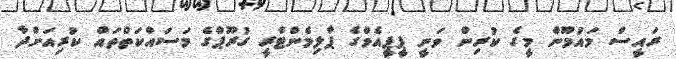
ރައީސް މައުމޫން މީގެ ކުރިން ވަނީ ޕީޕީއެމްގެ ޕާލިމެންޓްރީ ގުރޫޕްގެ މަސައްކަތްތައް ކުރިއަށްދާ